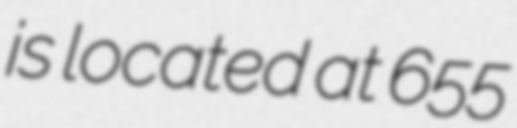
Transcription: is located at 655